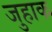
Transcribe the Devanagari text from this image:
जुहाक